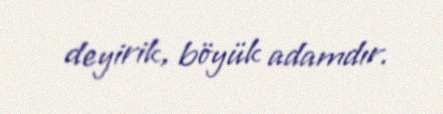
deyirik, böyük adamdır.